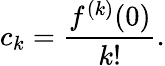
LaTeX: c_{k}={\frac{f^{(k)}(0)}{k!}}.